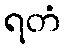
ရတံ